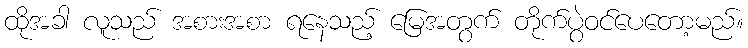
ထိုအခါ လူသည် အစားအစာ ရနေသည့် မြေအတွက် တိုက်ပွဲဝင်ပေတော့မည်။